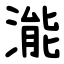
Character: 㴰